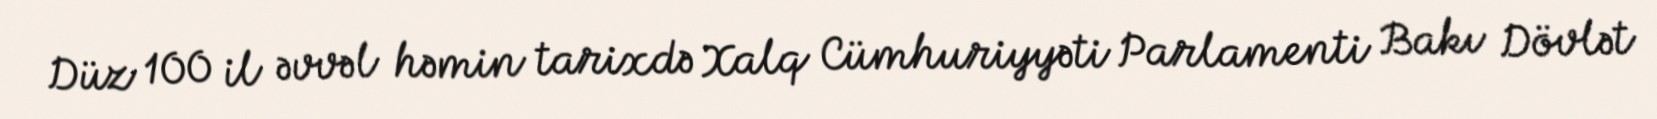
Düz 100 il əvvəl həmin tarixdə Xalq Cümhuriyyəti Parlamenti Bakı Dövlət